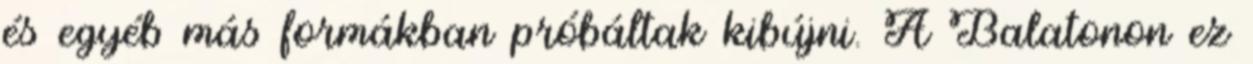
és egyéb más formákban próbáltak kibújni. A Balatonon ez